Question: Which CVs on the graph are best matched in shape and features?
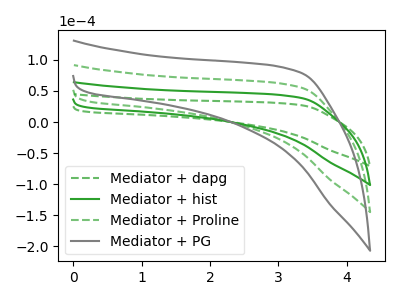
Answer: <think>The green dashed curve "Mediator + dapg" has no peaks. The green curve "Mediator + hist" has no peaks. The green dashed curve "Mediator + Proline" has no peaks. The gray curve "Mediator + PG" has no peaks.
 Neither "Mediator + dapg" or "Mediator + hist" have any peaks. Neither "Mediator + dapg" or "Mediator + Proline" have any peaks. Neither "Mediator + dapg" or "Mediator + PG" have any peaks. Neither "Mediator + hist" or "Mediator + Proline" have any peaks. Neither "Mediator + hist" or "Mediator + PG" have any peaks. Neither "Mediator + Proline" or "Mediator + PG" have any peaks.</think>
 <answer>"Mediator + dapg", "Mediator + hist", "Mediator + Proline" and "Mediator + PG" have the same shape and are likely CV's of the same chemical.</answer>
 <eval>"Mediator + dapg" "Mediator + hist" "Mediator + Proline" "Mediator + PG"</eval>